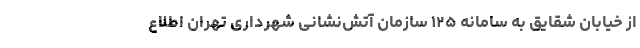
از خیابان شقایق به سامانه ١٢۵ سازمان آتش‌نشانی شهرداری تهران اطلاع